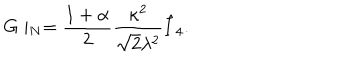
LaTeX: G \mid _ { N } = { \frac { 1 + \alpha } { 2 } } { \frac { \kappa ^ { 2 } } { \sqrt { 2 } \lambda ^ { 2 } } } \hat { I } _ { 4 } .